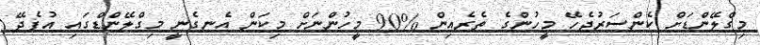
މިގްލޭންޑަށް ކެންސަރުޖެހޭ މީހުންގެ ތެރެއިން %90 މީހުންނަށް މިކަން އެނގެނީ މިގްލޭންޑްގައި އުފެދޭ